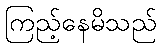
ကြည့်နေမိသည်